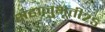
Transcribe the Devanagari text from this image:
सहानुभूती२५